Vaccination in Bombay 1863-1868 - 1863-1868
Year: 1863
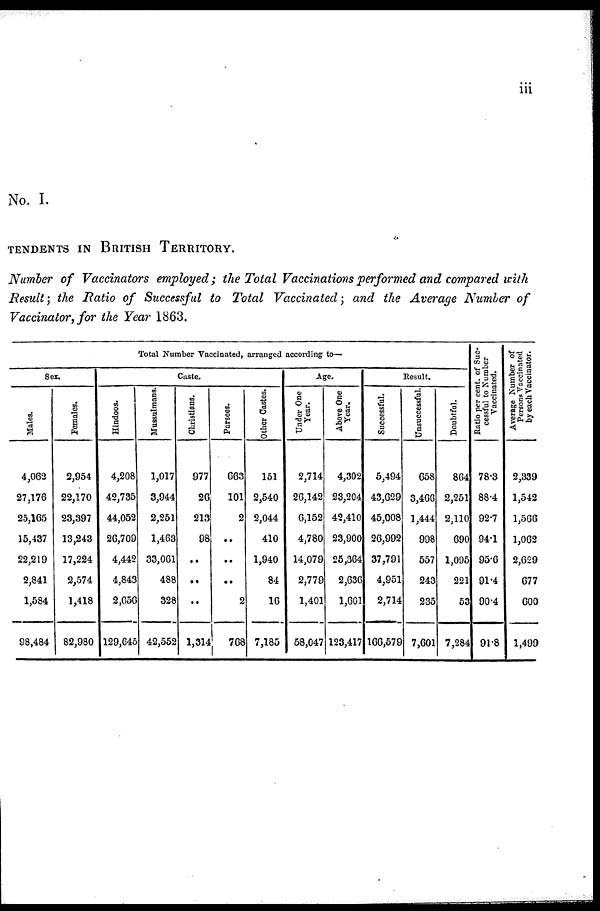
iii
No. I.
TENDENTS IN BRITISH TERRITORY.
Number of Vaccinators employed; the Total Vaccinations performed and compared with
Result; the Ratio of Successful to Total Vaccinated; and the Average Number of
Vaccinator, for the Year 1863.
Total Number Vaccinated, arranged according to—
Sex.
Males.
4,062
27,176
25,165
15,437
22,219
2,841
1,584
98,484
Females.
2,954
22,170
23,397
13,243
17,224
2,574
1,418
82,980
Caste.
Hindoos.
4,208
42,735
44,052
26,709
4,442
4,843
2,656
129,645
Mussulmans.
1,017
3,944
2,251
1,463
33,061
488
328
42,552
Christians.
977
26
213
98
..
..
..
1,314
Parsees.
663
101
2
..
..
..
2
768
Other Castes.
151
2,540
2,044
410
1,940
84
16
7,185
Age.
Under One
Year.
2,714
26,142
6,152
4,780
14,079
2,779
1,401
58,047
Above One
Year.
4,302
23,204
42,410
23,900
25,364
2,636
1,601
123,417
Result.
Successful.
5,494
43,629
45,008
26,992
37,791
4,951
2,714
166,579
Unsuccessful.
658
3,466
1,444
998
557
243
235
7,601
Doubtful.
864
2,251
2,110
690
1,095
221
53
7,284
Ratio per cent. of Suc-
cessful to Number
Vaccinated.
78.3
88.4
92.7
94.1
95.6
91.4
90.4
91.8
Average Number of
Persons Vaccinated
by each Vaccinator.
2,339
1,542
1,566
1,062
2,629
677
600
1,499